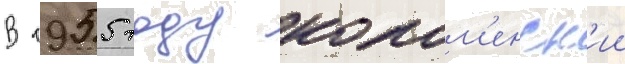
В 1955 году колом'енск'ии